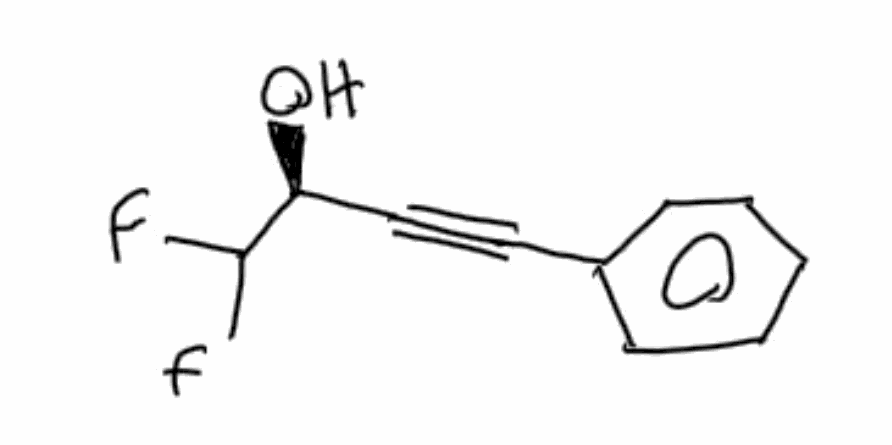
Simplified molecular-input line-entry system (SMILES) notation of the given molecule:
C1=CC=C(C=C1)C#C[C@@H](C(F)F)O